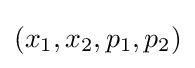
(x_{1},x_{2},p_{1},p_{2})